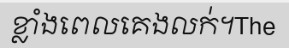
ខ្លាំងពេលគេងលក់។The